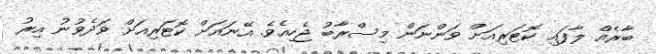
ބާރެއް ލާފައި ކޮޓަރިއަށް ވަންނަން މިސްރާބު ޖެހިއެވެ. އޭނައަށް ކޮޓަރިއަށް ވަދެވުނު އިރު